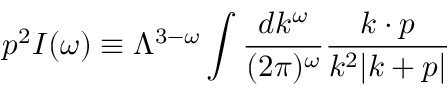
p ^ { 2 } I ( \omega ) \equiv \Lambda ^ { 3 - \omega } \int { \frac { d k ^ { \omega } } { ( 2 \pi ) ^ { \omega } } } { \frac { k \cdot p } { k ^ { 2 } | k + p | } }